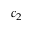
c _ { 2 }